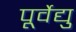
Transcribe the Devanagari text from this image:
पूर्वेद्यु